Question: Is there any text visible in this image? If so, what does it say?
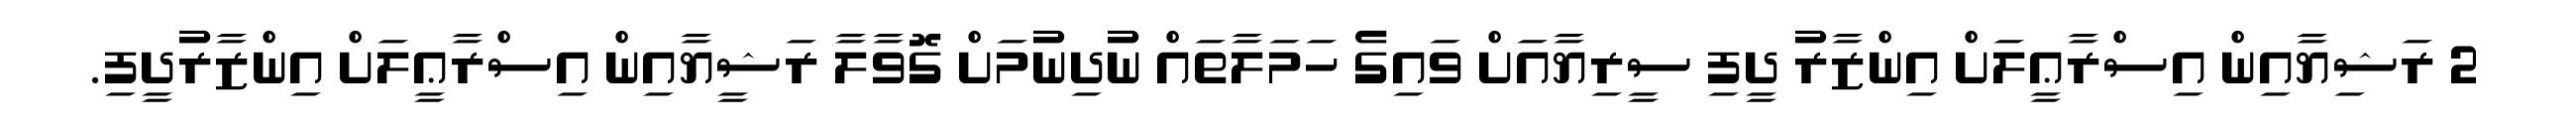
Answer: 2 ރަޝިޔާއިން އިސްރާޢީލަށް އިންޒާރު ދީފި ސީރިޔާއަށް ވައިގެ ހަމަލާތައް ނުދިނުމަށް ގޮވާލާ ރަޝީޔާއިން އިސްރާޢީލަށް އިންޒާރުދީފި.